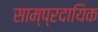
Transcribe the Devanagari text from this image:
साम्‍प्रदायिक